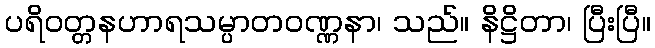
ပရိဝတ္တနဟာရသမ္ပာတဝဏ္ဏနာ၊ သည်။ နိဋ္ဌိတာ၊ ပြီးပြီ။